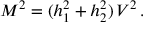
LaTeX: M ^ { 2 } = ( h _ { 1 } ^ { 2 } + h _ { 2 } ^ { 2 } ) \, { \cal V } ^ { 2 } \, .